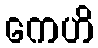
ကေဟိ